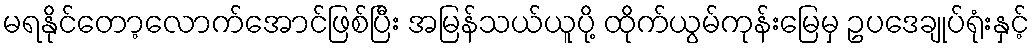
မရနိုင်တော့လောက်အောင်ဖြစ်ပြီး အမြန်သယ်ယူပို့ ထိုက်ယွမ်ကုန်းမြေမှ ဥပဒေချုပ်ရုံးနှင့်